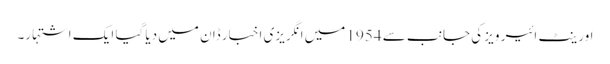
اورینٹ ائیر ویز کی جانب سے 1954 میں انگریزی اخبار ڈان میں دیا گیا ایک اشتہار۔